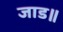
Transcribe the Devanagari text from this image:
जाड॥